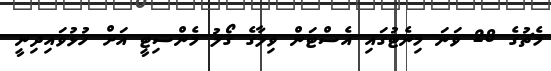
މެޗުގެ 28 ވަނަ މިނެޓުގައި އެސްޓަން ވިލާގެ ގޯލު މެންސިޓީ އަށް ހުޅުވައިދިނީ